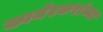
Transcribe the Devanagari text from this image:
कामेरकरांच्या